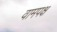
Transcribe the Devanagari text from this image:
वामपक्ष